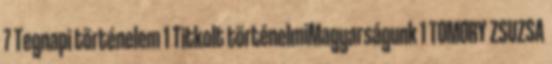
7 Tegnapi történelem 1 Titkolt történelmiMagyarságunk 1 TOMORY ZSUZSA